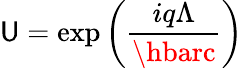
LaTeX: \mathsf{U}=\exp\left({\frac{{iq\Lambda}}{{\hbarc}}}\right)